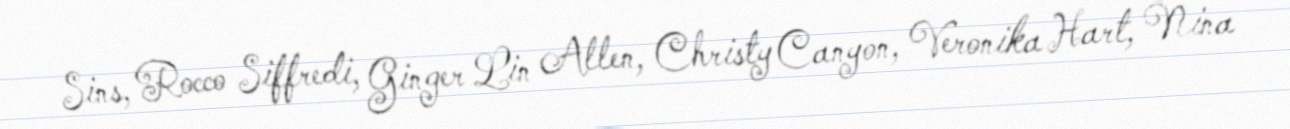
Sins, Rocco Siffredi, Ginger Lin Allen, Christy Canyon, Veronika Hart, Nina